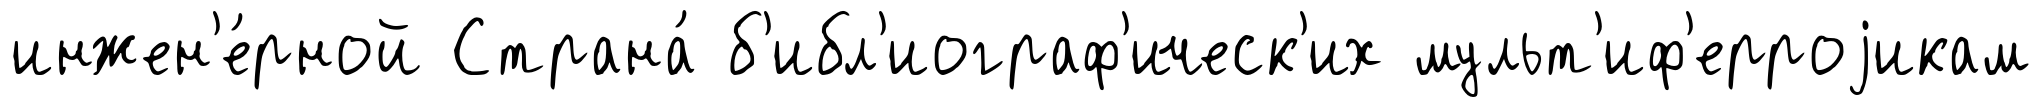
инжен'е́рной Страна́ б'ибл'иограф'ическ'их мульт'иф'ерроjикам